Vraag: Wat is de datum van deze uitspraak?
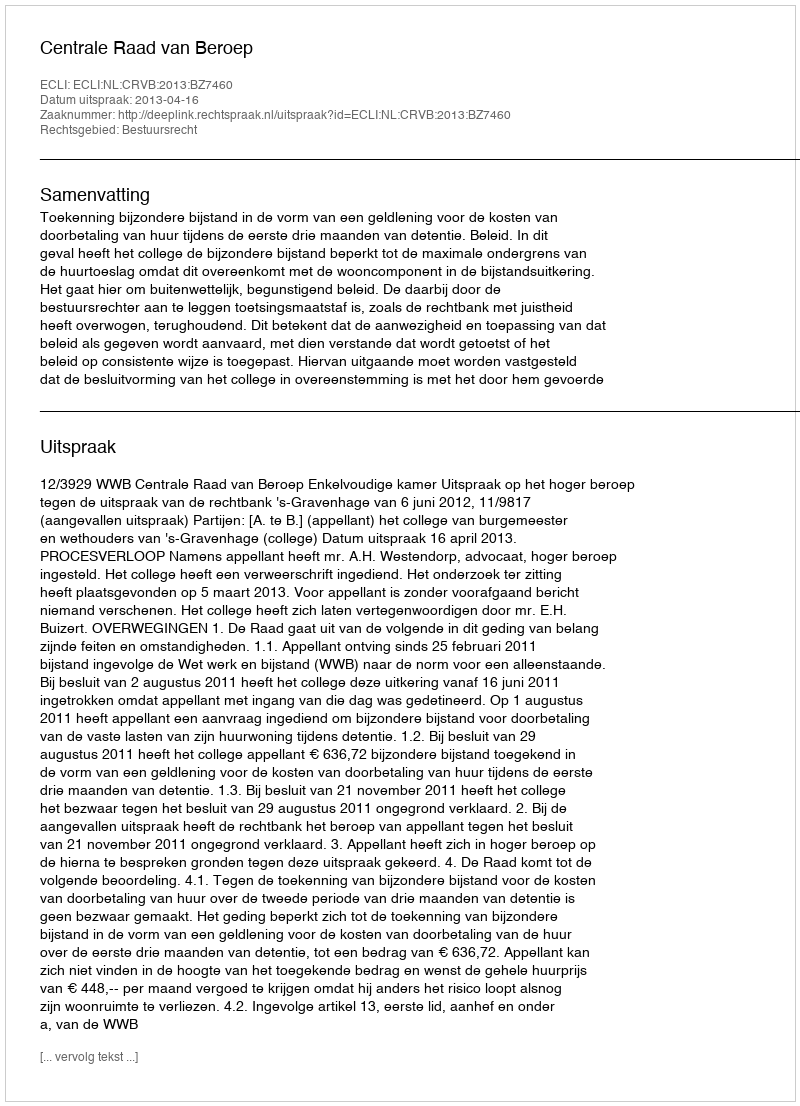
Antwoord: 2013-04-16